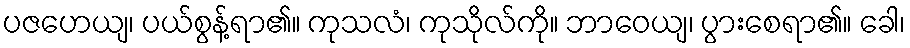
ပဇဟေယျ၊ ပယ်စွန့်ရာ၏။ ကုသလံ၊ ကုသိုလ်ကို။ ဘာဝေယျ၊ ပွားစေရာ၏။ ခေါ၊